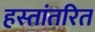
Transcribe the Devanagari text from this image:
हस्‍तांतरित